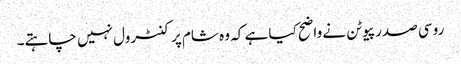
روسی صدر پیوٹن نے واضح کیا ہے کہ وہ شام پر کنٹرول نہیں چاہتے۔